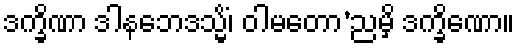
ဒက္ခိဏာ ဒါနဘေဒသ္မိံ၊ ဝါမတော’ညမှိ ဒက္ခိဏော။